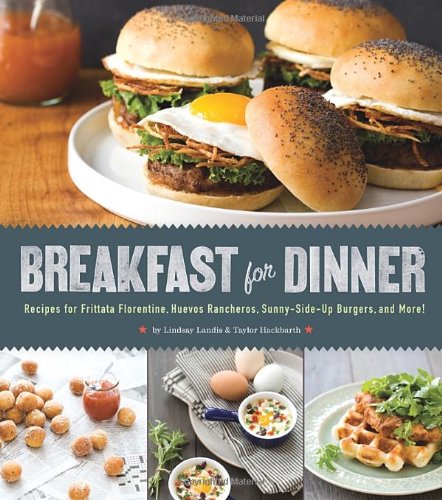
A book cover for Breakfast for Dinner: Recipes for Frittata Florentine, Huevos Rancheros, Sunny-Side-Up Burgers, and More!; Lindsay Landis; Cookbooks, Food & Wine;